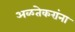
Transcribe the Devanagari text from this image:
अळतेकरांना